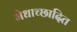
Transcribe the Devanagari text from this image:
मेधाच्छादित